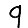
Digit: 9